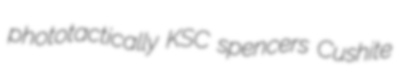
phototactically KSC spencers Cushite